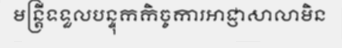
មន្ត្រីទទួលបន្ទុកកិច្ចការអាជ្ញាសាលាមិន